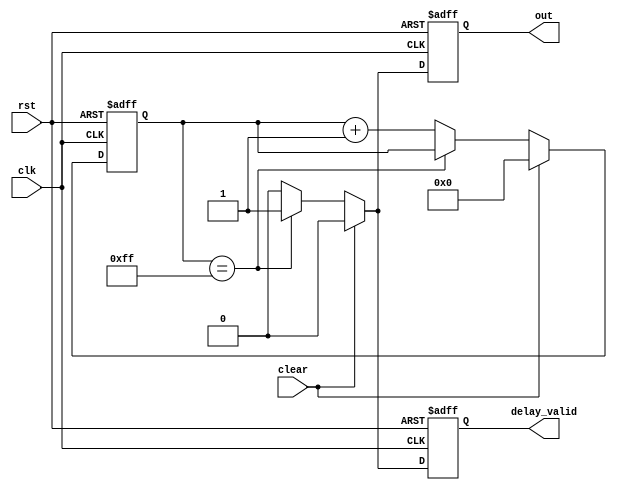
module nor_gate_delay(
    input wire clk,
    input wire rst,
    input wire clear,
    output reg out,
    output reg delay_valid
);

reg [7:0] delay_counter;

always @(posedge clk or posedge rst) begin
    if (rst) begin
        delay_counter <= 8'b0;
        out <= 1'b0;
        delay_valid <= 1'b0;
    end else begin
        if (clear) begin
            delay_counter <= 8'b0;
            out <= 1'b0;
            delay_valid <= 1'b0;
        end else begin
            if (delay_counter == 8'b11111111) begin
                out <= 1'b1;
                delay_valid <= 1'b1;
            end else begin
                delay_counter <= delay_counter + 1;
                out <= 1'b0;
                delay_valid <= 1'b0;
            end
        end
    end
end

endmodule